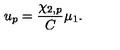
u _ { p } = { \frac { \chi _ { 2 , p } } { C } } \mu _ { 1 } .